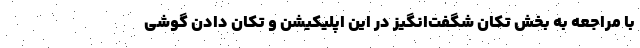
با مراجعه به بخش تکان شگفت‌انگیز در این اپلیکیشن و تکان دادن گوشی